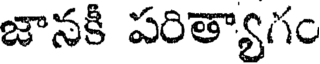
జానకీ పరిత్యాగం